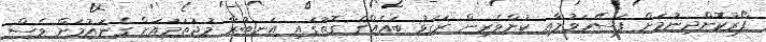
ފޯރުކޮށްދިނުމަށް ފަސޭހަވުމާއި ކުށްވެރިން ރަގަޅު ބައެއްގެ ގޮތުގައި އަނބުރާ މުޖުތަމައަށް ގެނައުމަށް ވެސް